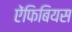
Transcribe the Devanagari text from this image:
ऐंफिबियस